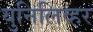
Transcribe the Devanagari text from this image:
युनिलिव्हर